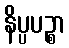
နိပ္ပပဉ္စာ